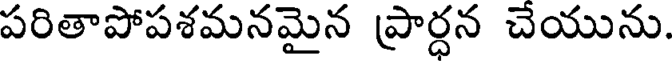
పరితాపోపశమనమైన ప్రార్ధన చెయును.